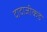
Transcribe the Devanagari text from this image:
दादाजीकडे